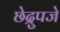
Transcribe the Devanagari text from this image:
छेद्रुपजे